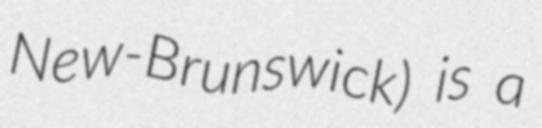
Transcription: New-Brunswick) is a